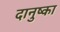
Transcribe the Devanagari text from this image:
दानुष्का